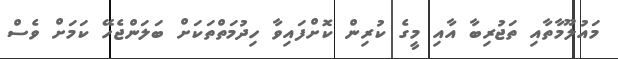
މައުލޫމާތާއި ތަޖުރިބާ އާއި މީގެ ކުރިން ކޮށްފައިވާ ހިދުމަތްތަކަށް ބަލަންޖެހޭ ކަމަށް ވެސް